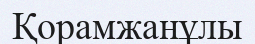
Қорамжанұлы